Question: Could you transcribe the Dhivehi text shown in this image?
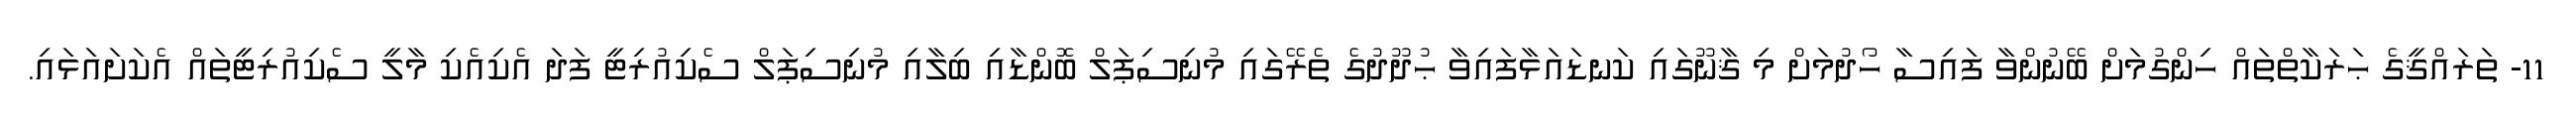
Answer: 11- ތަރައްޤީގެ ޙަރަކާތްތައް ހިންގުމަށް ބޭނުންވާ ފައިސާ ހޯދުމަށް މި ޤާނޫގައި ކަނޑައަޅާފައިވާ ޙުދޫދުގެ ތެރޭގައި މުނިސިޕަލް ބޮންޑާއި ބިލާއި މުނިސިޕަލް ސެކިއުރިޓީ ފަދަ އެކިއެކި މާލީ ސެކިއުރިޓީތައް އެކަށައަޅައި.